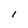
Character: l